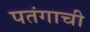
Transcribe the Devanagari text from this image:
पतंगाची